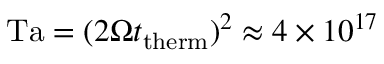
\mathrm { T a } = ( 2 \Omega t _ { \mathrm { t h e r m } } ) ^ { 2 } \approx 4 \times 1 0 ^ { 1 7 }